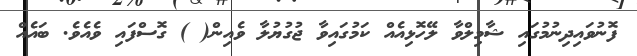
ފޮނުވައިދިނުމުގައި ޝާމިލްވާ ލޭހޮޅިއެއް ކަމުގައިވާ ޖުގުޔުލާ ވެއިން( ) ގޮސްފައި ވެއެވެ. ބައެއް